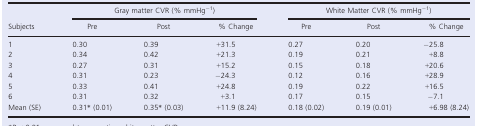
| <ROWSPAN=2> Subjects | <COLSPAN=3> Gray matter CVR (% mmHg−1) | <COLSPAN=3> White Matter CVR (% mmHg−1) |
 | Pre | Post | % Change | Pre | Post | % Change |
 | --- | --- | --- | --- | --- | --- | --- |
 | 1 | 0.30 | 0.39 | +31.5 | 0.27 | 0.20 | −25.8 |
 | 2 | 0.34 | 0.42 | +21.3 | 0.19 | 0.21 | +8.8 |
 | 3 | 0.27 | 0.31 | +15.2 | 0.15 | 0.18 | +20.6 |
 | 4 | 0.31 | 0.23 | −24.3 | 0.12 | 0.16 | +28.9 |
 | 5 | 0.33 | 0.41 | +24.8 | 0.19 | 0.22 | +16.5 |
 | 6 | 0.31 | 0.32 | +3.1 | 0.17 | 0.15 | −7.1 |
 | Mean (SE) | 0.31a (0.01) | 0.35a (0.03) | +11.9 (8.24) | 0.18 (0.02) | 0.19 (0.01) | +6.98 (8.24) |